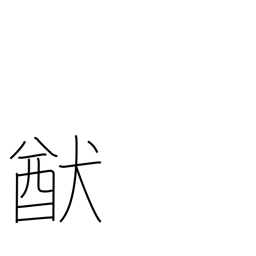
Meaning: way